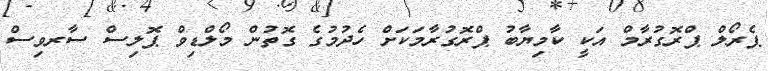
ޕެރޯލް ޕްރޮގުރާމް އަކީ ކާމިޔާބު ޕްރޮގުރާމަކަށް ހެދުމުގެ ގޮތުން މޯލްޑިވް ޕޮލިސް ސާރވިސް